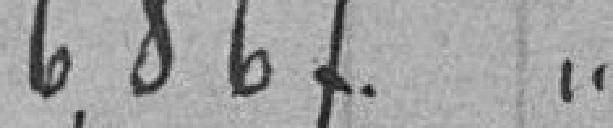
16,867 "